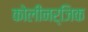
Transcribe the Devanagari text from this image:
कोलीनर्जिक